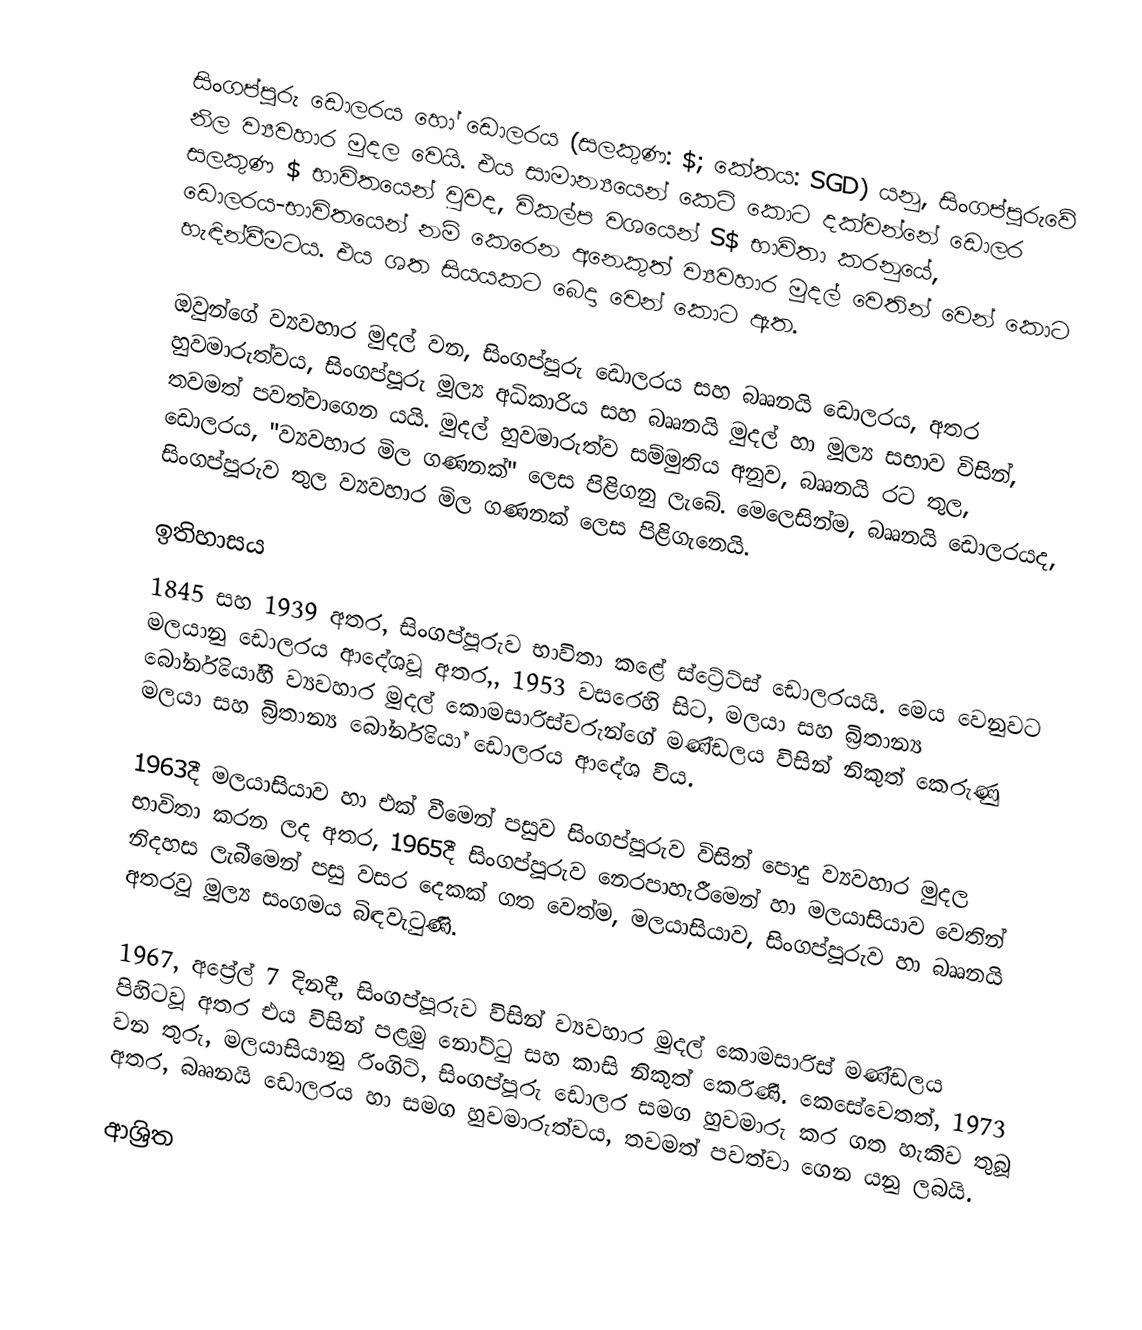
සිංගප්පූරු ඩොලරය හෝ  ඩොලරය  (සලකුණ: $; කේතය: SGD) යනු,  සිංගප්පූරුවේ නිල ව්‍යවහාර මුදල වෙයි. එය සාමාන්‍යයෙන් කෙටි කොට දක්වන්නේ ඩොලර සලකුණ $ භාවිතයෙන් වුවද, විකල්ප වශයෙන් S$ භාවිතා කරනුයේ,  ඩොලරය-භාවිතයෙන් නම් කෙරෙන අනෙකුත් ව්‍යවහාර මුදල් වෙතින් වෙන් කොට හැඳින්වීමටය. එය  ශත සියයකට බෙදා වෙන් කොට ඇත.

ඔවුන්ගේ ව්‍යවහාර මුදල් වන, සිංගප්පූරු ඩොලරය සහ  බෲනයි ඩොලරය, අතර හුවමාරුත්වය, සිංගප්පූරු මූල්‍ය අධිකාරිය සහ බෲනයි මුදල් හා මූල්‍ය සභාව විසින්, තවමත් පවත්වාගෙන යයි. මුදල් හුවමාරුත්ව සම්මුතිය අනුව, බෲනයි රට තුල, ඩොලරය, "ව්‍යවහාර මිල ගණනක්" ලෙස පිළිගනු ලැබේ. මෙලෙසින්ම, බෲනයි ඩොලරයද,  සිංගප්පූරුව තුල ව්‍යවහාර මිල ගණනක් ලෙස පිළිගැනෙයි.

ඉතිහාසය
1845 සහ 1939 අතර, සිංගප්පූරුව භාවිතා කළේ  ස්ට්‍රේට්ස් ඩොලරයයි.  මෙය වෙනුවට  මලයානු ඩොලරය ආදේශවූ අතර,, 1953 වසරෙහි සිට,  මලයා සහ බ්‍රිතාන්‍ය බෝර්නියෝහී ව්‍යවහාර මුදල් කොමසාරිස්වරුන්ගේ මණ්ඩලය විසින් නිකුත් කෙරුණු මලයා සහ බ්‍රිතාන්‍ය බෝර්නියෝ ඩොලරය ආදේශ විය.

1963දී  මලයාසියාව හා එක් වීමෙන් පසුව සිංගප්පූරුව විසින් පොදු ව්‍යවහාර මුදල භාවිතා කරන ලද අතර, 1965දී සිංගප්පූරුව නෙරපාහැරීමෙන් හා මලයාසියාව වෙතින් නිදහස ලැබීමෙන් පසු වසර දෙකක් ගත වෙත්ම, මලයාසියාව, සිංගප්පූරුව හා බෲනයි අතරවූ මූල්‍ය සංගමය බිඳවැටුණි.

1967, අප්‍රේල් 7 දිනදී,  සිංගප්පූරුව විසින් ව්‍යවහාර මුදල් කොමසාරිස් මණ්ඩලය පිහිටවූ අතර  එය විසින් පළමු නෝට්ටු සහ කාසි නිකුත් කෙරිණි.  කෙසේවෙතත්, 1973 වන තුරු, මලයාසියානු රිංගිට්, සිංගප්පූරු ඩොලර සමග හුවමාරු කර ගත හැකිව තුබූ අතර, බෲනයි ඩොලරය හා සමග හුවමාරුත්වය, තවමත් පවත්වා ගෙන යනු ලබයි.

ආශ්‍රිත